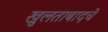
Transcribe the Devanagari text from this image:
खुलताबादचे